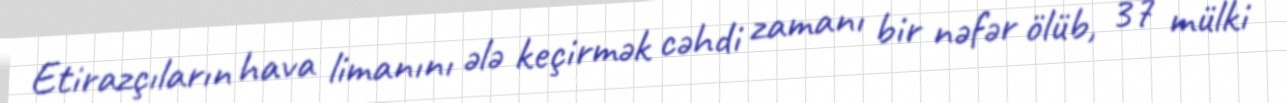
Etirazçıların hava limanını ələ keçirmək cəhdi zamanı bir nəfər ölüb, 37 mülki